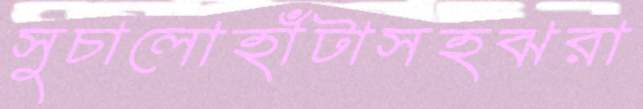
সুচালোহাঁটাসহঝরা